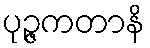
ပုဉ္ဇကတာနိ